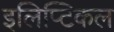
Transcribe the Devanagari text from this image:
इलिप्टिकल